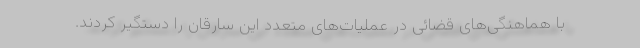
با هماهنگی‌های قضائی در عملیات‌های متعدد این سارقان را دستگیر کردند.